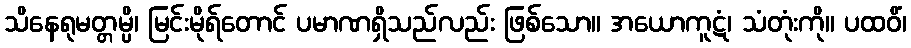
သိနေရုမတ္တမ္ပိ၊ မြင်းမိုရ်တောင် ပမာဏရှိသည်လည်း ဖြစ်သော။ အယောကူဋံ၊ သံတုံးကို။ ပထဝိံ၊